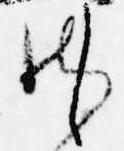
御